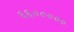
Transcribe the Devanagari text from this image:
६६०००००